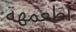
اطعمهة